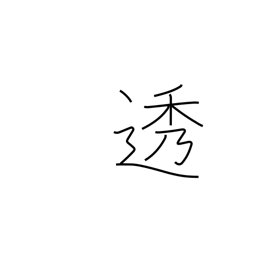
Meaning: filter